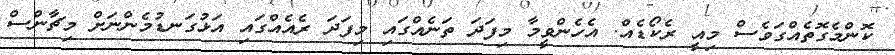
ކޮންމެގޮތެއްގަވެސް މިއީ ރެކޯޑެއް. އެހެންވީމާ މިފަދަ ތަނެއްގައި މިފަދަ ރެއެއްގައި އަޅުގަނޑުމެންނަށް މިޗާންސް